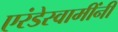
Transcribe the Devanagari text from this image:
एरंडेस्वामींनी